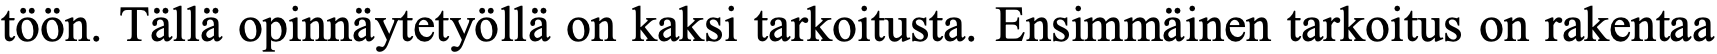
töön. Tällä opinnäytetyöllä on kaksi tarkoitusta. Ensimmäinen tarkoitus on rakentaa